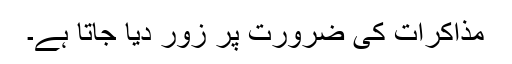
مذاکرات کی ضرورت پر زور دیا جاتا ہے۔